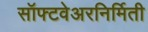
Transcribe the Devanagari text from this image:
सॉफ्टवेअरनिर्मिती